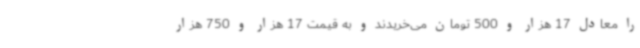
را معادل 17 هزار و 500 تومان می‌خریدند و به قیمت 17 هزار و 750 هزار